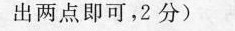
出两点即可，2分)